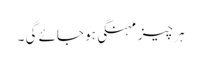
ہر چیز مہنگی ہو جائے گی ۔